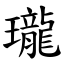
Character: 瓏